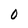
Character: 0